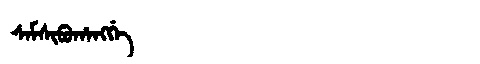
Manchu: ᠰᠠᠮᠰᡳᠪᡠᡥᠠᠩᡤᡝ
Romanization: SAMSIBUHANGGE